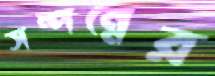
সম্পন্নের